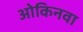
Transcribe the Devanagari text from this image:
ओकिनवा